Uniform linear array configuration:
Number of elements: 4
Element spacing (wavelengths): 0.5
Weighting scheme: hann
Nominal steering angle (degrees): -45
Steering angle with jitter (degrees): -44.325
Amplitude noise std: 0.05
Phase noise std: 0.05

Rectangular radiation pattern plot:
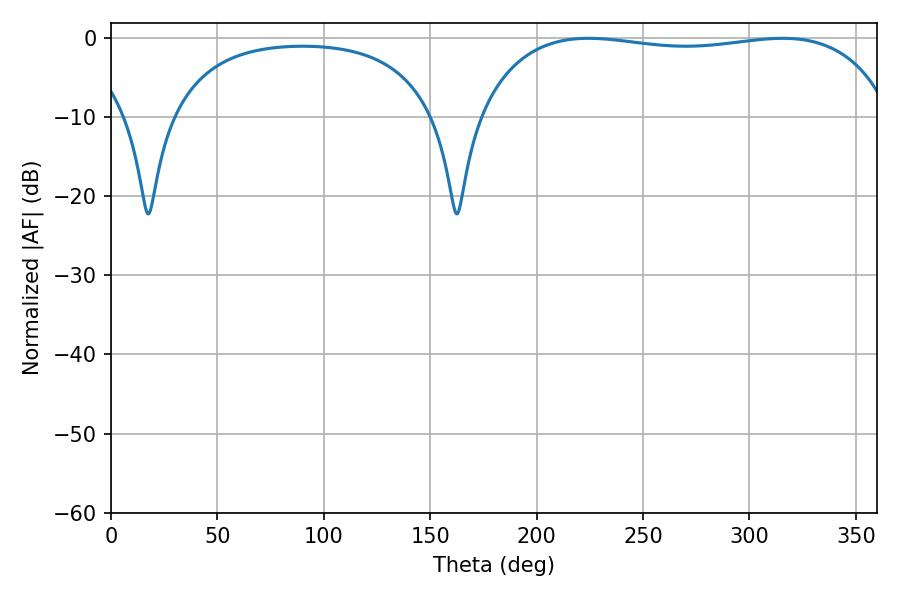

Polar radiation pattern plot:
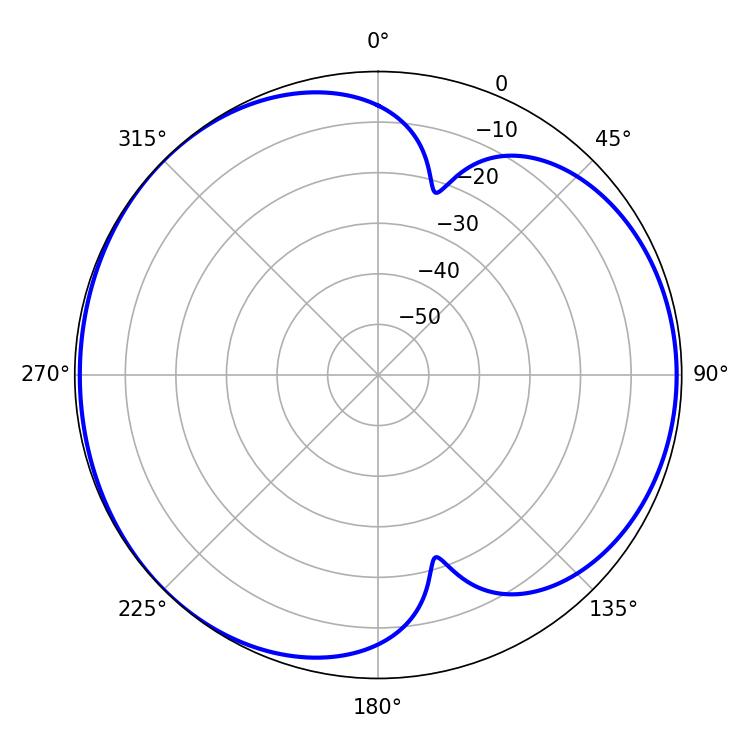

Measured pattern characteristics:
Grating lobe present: FALSE
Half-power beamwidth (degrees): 156.96
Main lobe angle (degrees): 224.46